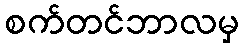
စက်တင်ဘာလမှ